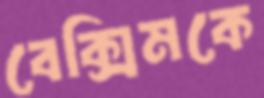
বেক্সিমকে